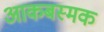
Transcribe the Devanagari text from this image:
आकबस्मक